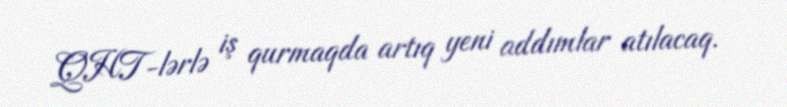
QHT-lərlə iş qurmaqda artıq yeni addımlar atılacaq.